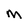
Character: M